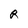
Character: R